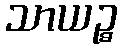
သာယဉ္စ